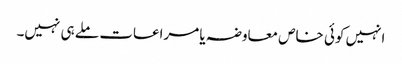
انہیں کوئی خاص معاوضہ یا مراعات ملے ہی نہیں۔